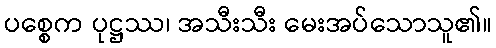
ပစ္စေက ပုဋ္ဌဿ၊ အသီးသီး မေးအပ်သောသူ၏။